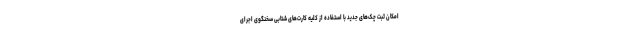
امکان ثبت چک‌های جدید با استفاده از کلیه کارت‌های شتابی سخنگوی اجرای